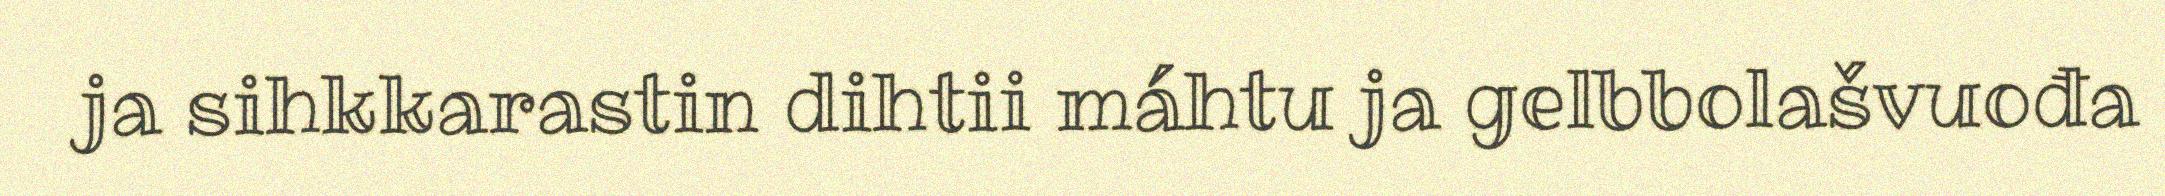
ja sihkkarastin dihtii máhtu ja gelbbolašvuođa